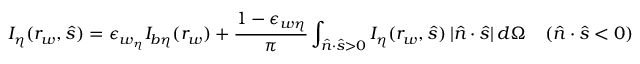
I _ { \eta } ( r _ { w } , \hat { s } ) = \epsilon _ { w _ { \eta } } I _ { b \eta } ( r _ { w } ) + \frac { 1 - \epsilon _ { w \eta } } { \pi } \int _ { \hat { n } \cdot \hat { s } > 0 } I _ { \eta } ( r _ { w } , \hat { s } ) \: | \hat { n } \cdot \hat { s } | \: d \Omega \quad ( \hat { n } \cdot \hat { s } < 0 )